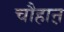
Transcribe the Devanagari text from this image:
चौहाऩ़